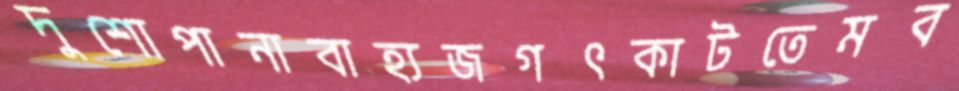
দুশোপানাবাহ্যজগৎকাটতেমব